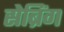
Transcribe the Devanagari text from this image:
सेब्रिंग